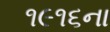
૧૯૧૬ના